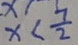
x < \frac { 7 } { 2 }